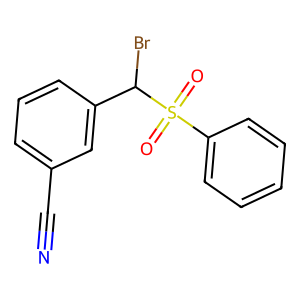
SMILES: N#Cc1cccc(C(Br)S(=O)(=O)c2ccccc2)c1
Inhibits HIV replication: No